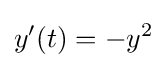
y'(t)=-y^{2}